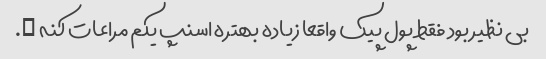
بی نظیر بود فقط پول پیک واقعا زیاده بهتره اسنپ یکم مراعات کنه ….